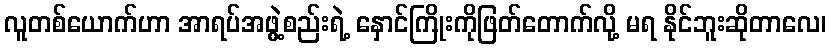
လူတစ်ယောက်ဟာ အာရပ်အဖွဲ့စည်းရဲ့ နှောင်ကြိုးကိုဖြတ်တောက်လို့ မရ နိုင်ဘူးဆိုတာလေ၊